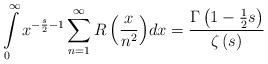
LaTeX: \begin{align*}\int\limits_0^\infty {{x^{ - \frac{s}{2} - 1}}} \sum\limits_{n = 1}^\infty {R\left( {\frac{x}{{{n^2}}}} \right)} dx = \frac{{\Gamma \left( {1 - \frac{1}{2}s} \right)}}{{\zeta \left( s \right)}} \end{align*}